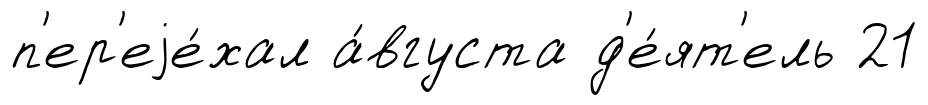
п'ер'еjе́хал а́вгуста д'е́ят'ель 21